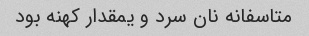
متاسفانه نان سرد و یمقدار کهنه بود